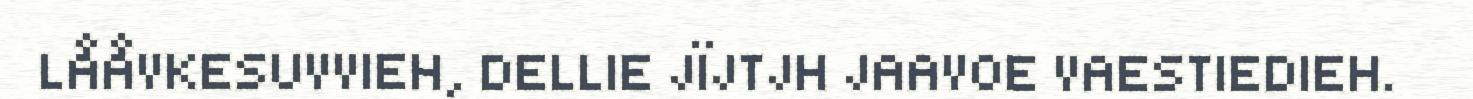
LÅÅVKESUVVIEH, DELLIE JÏJTJH JAAVOE VAESTIEDIEH.